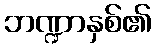
ဘဏ္ဍာနှစ်၏